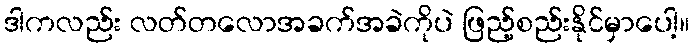
ဒါကလည်း လတ်တလောအခက်အခဲကိုပဲ ဖြည့်စည်းနိုင်မှာပေါ့။